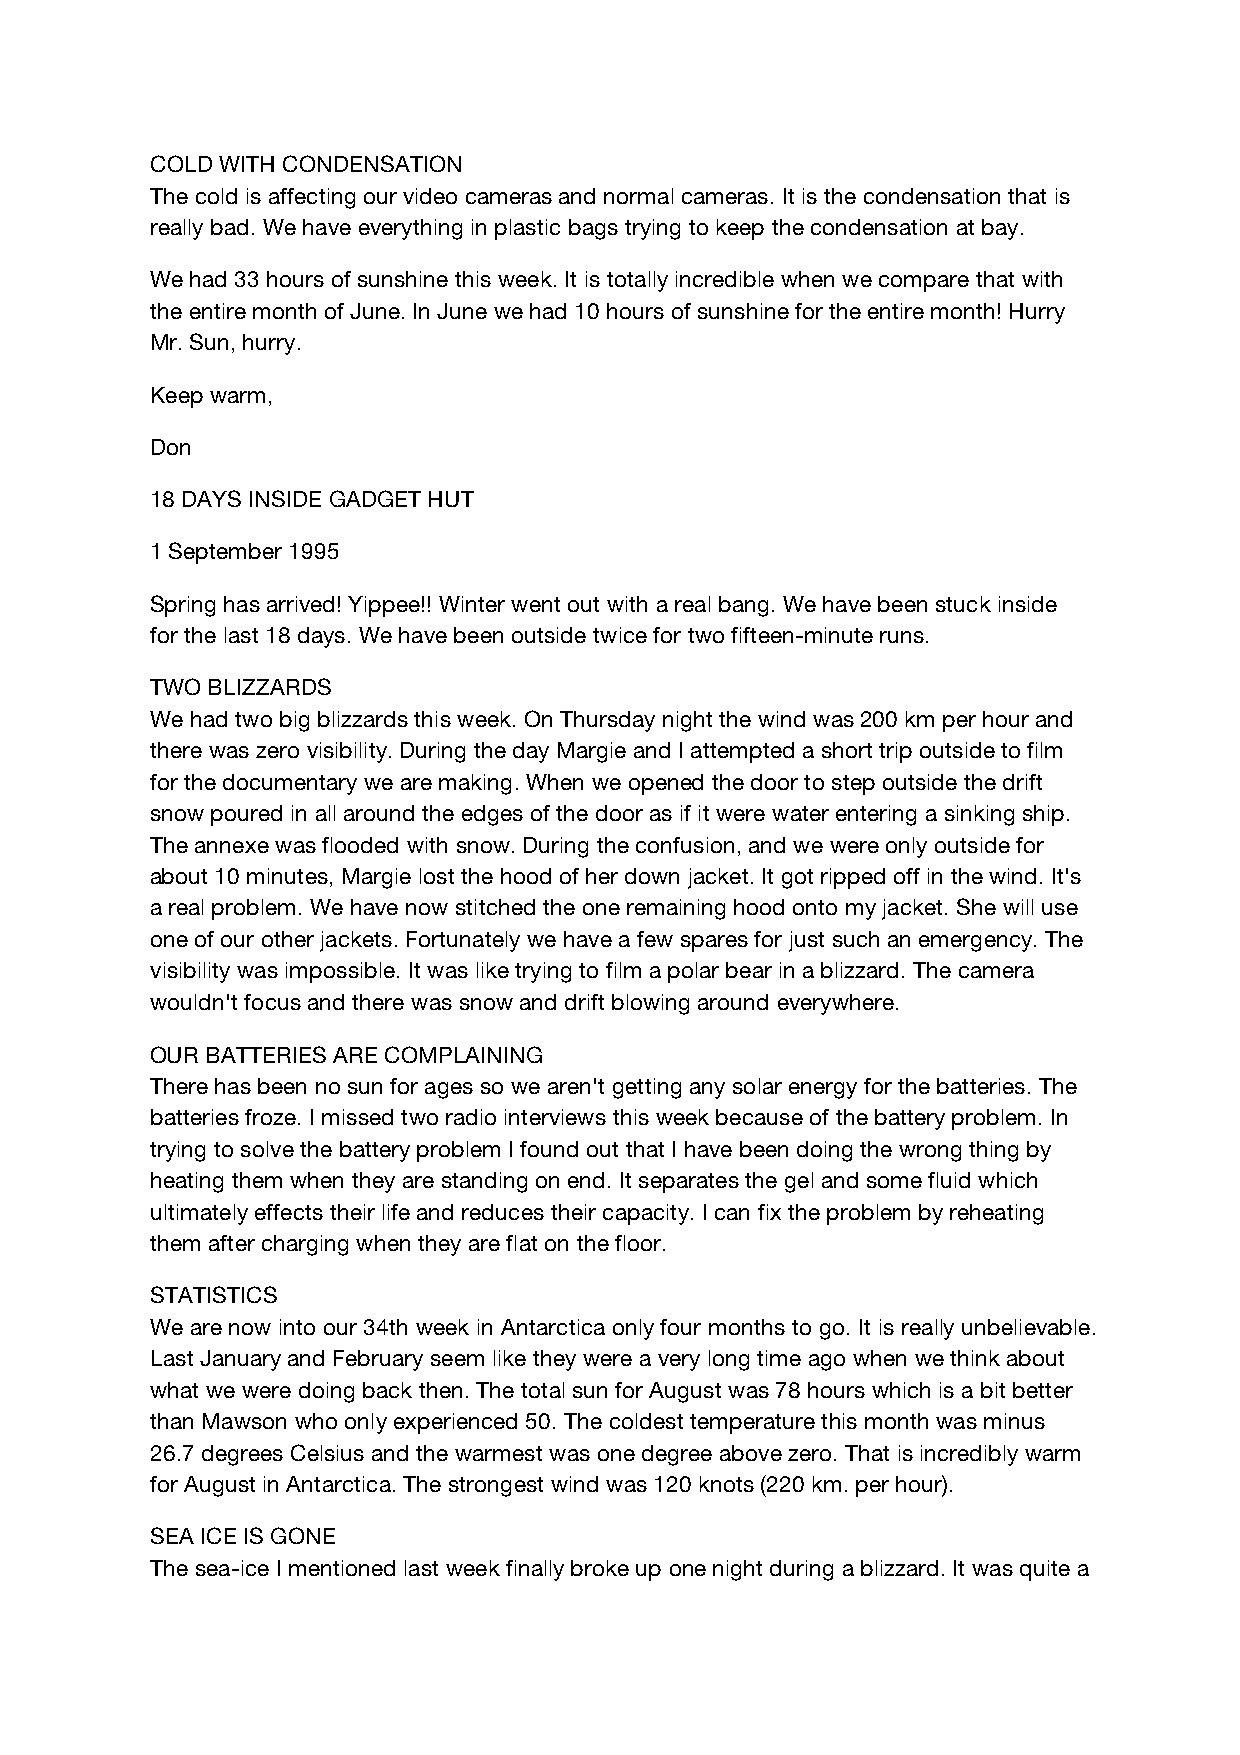
COLD WITH CONDENSATION
 The cold is affecting our video cameras and normal cameras. It is the condensation that is
 really bad. We have everything in plastic bags trying to keep the condensation at bay.
 We had 33 hours of sunshine this week. It is totally incredible when we compare that with
 the entire month of June. In June we had 10 hours of sunshine for the entire month! Hurry
 Mr. Sun, hurry.
 Keep warm,
 Don
 18 DAYS INSIDE GADGET HUT
 1 September 1995
 Spring has arrived! Yippee!! Winter went out with a real bang. We have been stuck inside
 for the last 18 days. We have been outside twice for two fifteen-minute runs.
 TWO BLIZZARDS
 We had two big blizzards this week. On Thursday night the wind was 200 km per hour and
 there was zero visibility. During the day Margie and I attempted a short trip outside to film
 for the documentary we are making. When we opened the door to step outside the drift
 snow poured in all around the edges of the door as if it were water entering a sinking ship.
 The annexe was flooded with snow. During the confusion, and we were only outside for
 about 10 minutes, Margie lost the hood of her down jacket. It got ripped off in the wind. It's
 a real problem. We have now stitched the one remaining hood onto my jacket. She will use
 one of our other jackets. Fortunately we have a few spares for just such an emergency. The
 visibility was impossible. It was like trying to film a polar bear in a blizzard. The camera
 wouldn't focus and there was snow and drift blowing around everywhere.
 OUR BATTERIES ARE COMPLAINING
 There has been no sun for ages so we aren't getting any solar energy for the batteries. The
 batteries froze. I missed two radio interviews this week because of the battery problem. In
 trying to solve the battery problem I found out that I have been doing the wrong thing by
 heating them when they are standing on end. It separates the gel and some fluid which
 ultimately effects their life and reduces their capacity. I can fix the problem by reheating
 them after charging when they are flat on the floor.
 STATISTICS
 We are now into our 34th week in Antarctica only four months to go. It is really unbelievable.
 Last January and February seem like they were a very long time ago when we think about
 what we were doing back then. The total sun for August was 78 hours which is a bit better
 than Mawson who only experienced 50. The coldest temperature this month was minus
 26.7 degrees Celsius and the warmest was one degree above zero. That is incredibly warm
 for August in Antarctica. The strongest wind was 120 knots (220 km. per hour).
 SEA ICE IS GONE
 The sea-ice I mentioned last week finally broke up one night during a blizzard. It was quite a